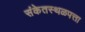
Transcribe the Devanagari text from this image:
संकेतस्थळपत्ता